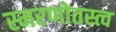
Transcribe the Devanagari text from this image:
स्मरणोतस्त्व